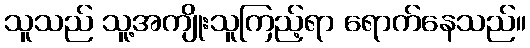
သူသည် သူ့အကျိုးသူကြည့်ရာ ရောက်နေသည်။